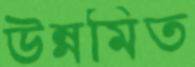
উন্নমিত